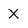
Character: X